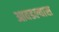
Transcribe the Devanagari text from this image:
आवडल्यास